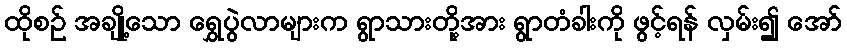
ထိုစဉ် အချို့သော ရွှေပွဲလာများက ရွာသားတို့အား ရွာတံခါးကို ဖွင့်ရန် လှမ်း၍ အော်